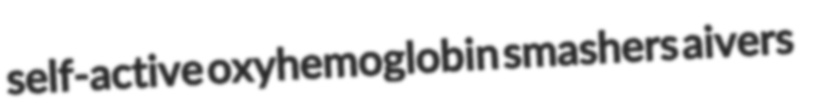
self-active oxyhemoglobin smashers aivers